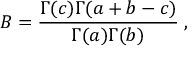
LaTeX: B = \frac { \Gamma ( c ) \Gamma ( a + b - c ) } { \Gamma ( a ) \Gamma ( b ) } \; ,